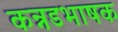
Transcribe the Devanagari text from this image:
कन्नडभाषक